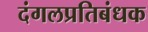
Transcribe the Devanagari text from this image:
दंगलप्रतिबंधक